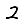
Digit: 2